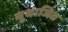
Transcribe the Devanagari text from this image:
युधाजित